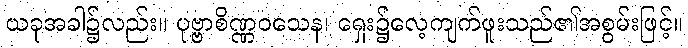
ယခုအခါ၌လည်း။ ပုဗ္ဗာစိဏ္ဏဝသေန၊ ရှေး၌လေ့ကျက်ဖူးသည်၏အစွမ်းဖြင့်။